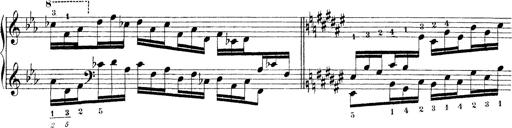
Title: Technische Studien
Composer: Franz Liszt